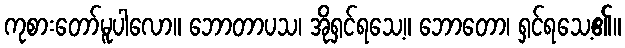
ကုစားတော်မူပါလော။ ဘောတာပသ၊ အိုရှင်ရသေ့။ ဘောတော၊ ရှင်ရသေ့၏။